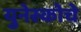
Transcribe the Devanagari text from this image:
युनेस्‍कोचे